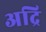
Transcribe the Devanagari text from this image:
अद्रि